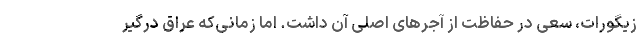
زیگورات، سعی در حفاظت از آجرهای اصلی آن داشت. اما زمانی‌که عراق درگیر